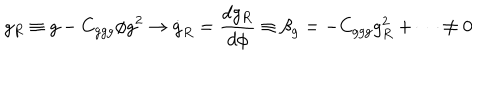
g _ { R } \equiv g - C _ { g g g } \phi g ^ { 2 } \to \dot { g } _ { R } = { \frac { d g _ { R } } { d \phi } } \equiv \beta _ { g } = - C _ { g g g } g _ { R } ^ { 2 } + \cdots \not = 0